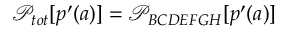
\mathcal { P } _ { { t o t } } [ p ^ { \prime } ( a ) ] = \mathcal { P } _ { B C D E F G H } [ p ^ { \prime } ( a ) ]